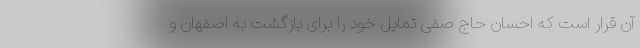
آن قرار است که احسان حاج صفی تمایل خود را برای بازگشت به اصفهان و